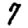
Digit: 7